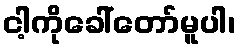
ငါ့ကိုခေါ်တော်မူပါ၊